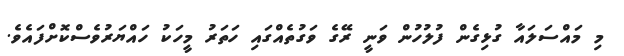
މި މައްސަަލައާ ގުޅިގެން ފުލުހުން ވަނީ ރޭގެ ވަގުތެއްގައި ހަތަރު މީހަކު ހައްޔަރުވެސްކޮށްފައެވެ.